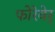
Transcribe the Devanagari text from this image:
फोरेवेर्